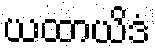
ယထာယိဒံ